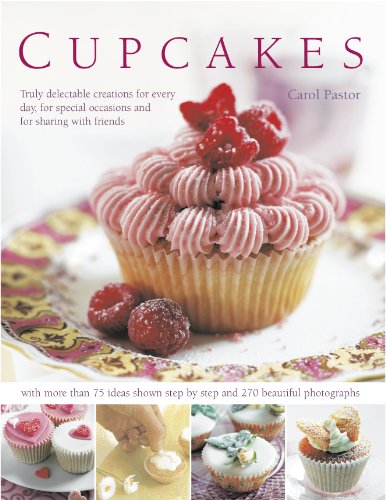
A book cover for Cupcakes: Truly Delectable Creations for Every Day, for Special Occasions and for Sharing With Friends; Carol Pastor; Cookbooks, Food & Wine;